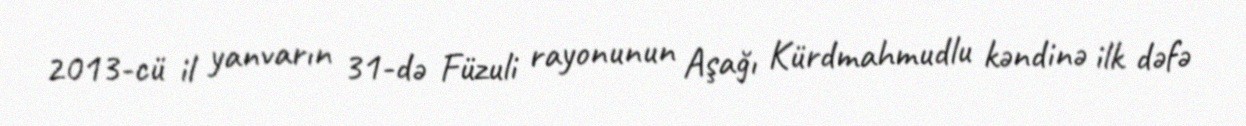
2013-cü il yanvarın 31-də Füzuli rayonunun Aşağı Kürdmahmudlu kəndinə ilk dəfə